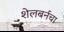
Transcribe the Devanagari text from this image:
शेलबर्नचा